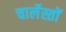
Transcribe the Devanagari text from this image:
चार्लेस्तों